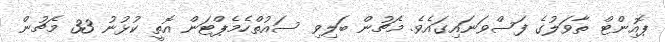
ޕޮއިންޓް ތާވަލުގެ ފަސްވަނައިގައެވެ. މެޗުން ބަލިވި ސައުތްހެމެޕްޓަން އޮތީ ކުޅުނު 33 މެޗުން